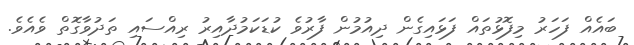
ބައެއް ފަހަރު މިފޮޅުތައް ފަޅައިގެން ދިއުމުން ފާރުވެ ކުޑަކަމުދާއިރު ރިއްސައި ތަދުވާގޮތް ވެއެވެ.